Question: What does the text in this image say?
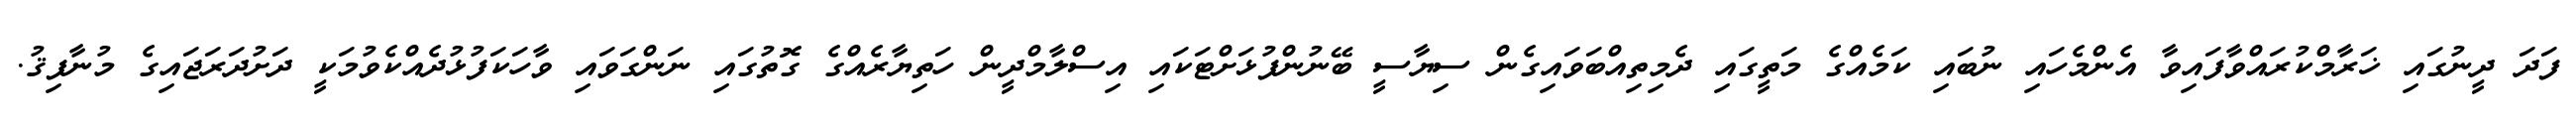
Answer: ފަދަ ދީނުގައި ޚަރާމްކުރައްވާފައިވާ އެންމެހައި ނުބައި ކަމެއްގެ މަތީގައި ދެމިތިއްބަވައިގެން ސިޔާސީ ބޭނުންފުޅަށްޓަކައި އިސްލާމްދީން ހަތިޔާރެއްގެ ގޮތުގައި ނަންގަވައި ވާހަކަފުޅުދެއްކެވުމަކީ ދަށުދަރަޖައިގެ މުނާފިޤު.